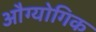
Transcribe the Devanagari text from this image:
औग्योगिक